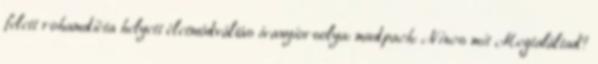
felett rohamdiéta helyett életmódváltás ivanyiorsolya: mudpach: Nincs mit Megtaláltad?